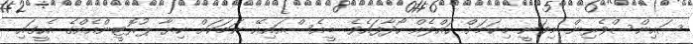
ސައިންސްވެރިން މިވަނީ މިކަމަށް ހައްލެއް ހޯދާފައެވެ. ބީއެސްއައިއޭ ނަމަކަށް ކިޔާ ޕުރޮޓީންއެއްގެ އެހީގައި